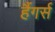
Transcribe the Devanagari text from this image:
हैंगर्स